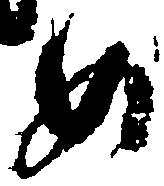
め